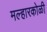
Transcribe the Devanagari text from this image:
मल्हारकोळी